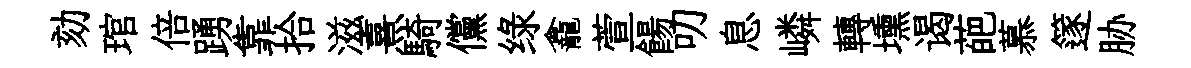
劾琯倍踴靠拾滋熹騎儻绿龕萱餳叨息嶙轉壎谒葩慕篴胁